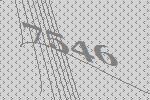
7546